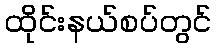
ထိုင်းနယ်စပ်တွင်